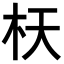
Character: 𣏿